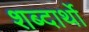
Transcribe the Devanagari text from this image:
शब्दार्थो